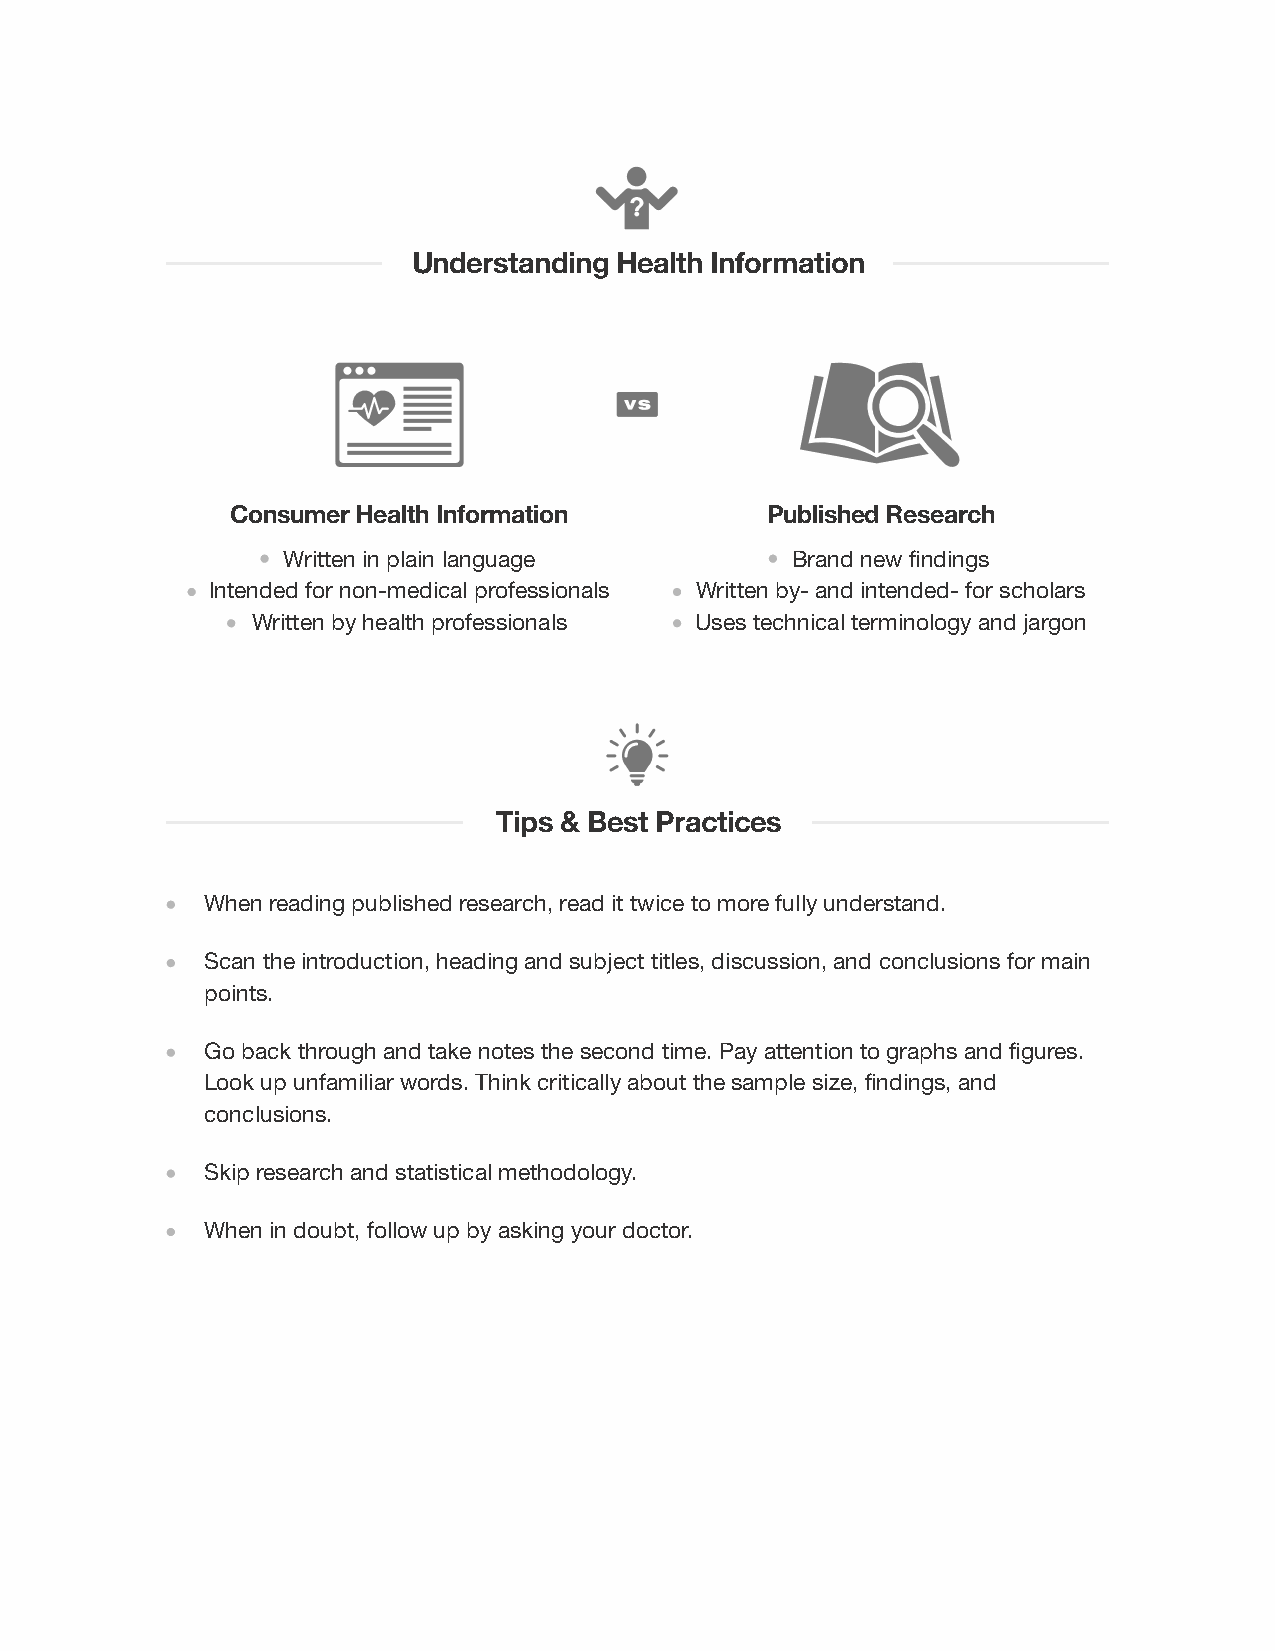
Understanding Health Information
 Consumer Health Information         Published Research
 Written in plain language        Brand new findings
 Intended for non-medical professionals Written by- and intended- for scholars
 Written by health professionals Uses technical terminology and jargon
 Tips & Best Practices
 When reading published research, read it twice to more fully understand.
 Scan the introduction, heading and subject titles, discussion, and conclusions for main
 points.
 Go back through and take notes the second time. Pay attention to graphs and figures.
 Look up unfamiliar words. Think critically about the sample size, findings, and
 conclusions.
 Skip research and statistical methodology.
 When in doubt, follow up by asking your doctor.